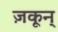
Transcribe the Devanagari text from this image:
ज़कून्